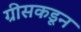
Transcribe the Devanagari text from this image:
ग्रीसकडून